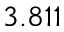
3 . 8 1 1